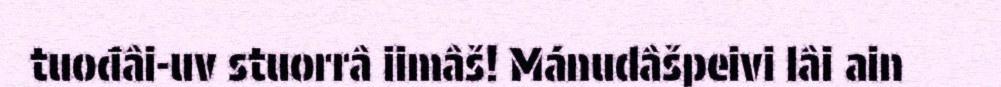
tuođâi-uv stuorrâ iimâš! Mánudâšpeivi lâi ain